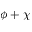
\phi + \chi